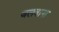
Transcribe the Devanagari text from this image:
जलवाना